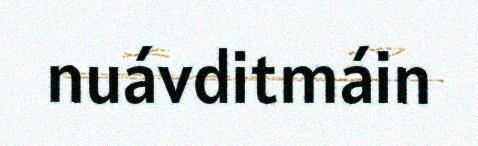
nuávditmáin